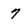
Character: 7